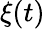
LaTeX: \xi(t)